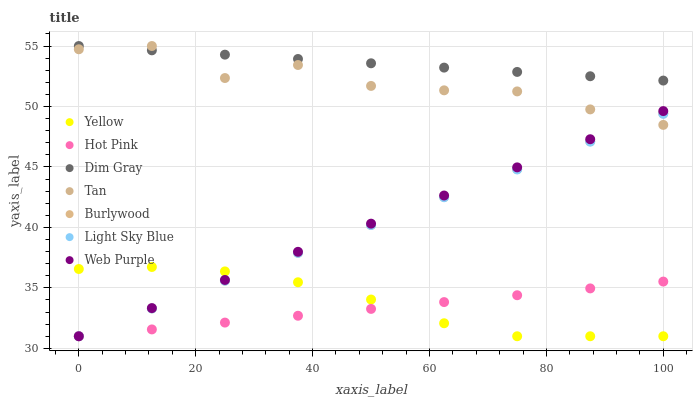
| xaxis_label | Yellow | Hot Pink | Dim Gray | Tan | Burlywood | Light Sky Blue | Web Purple |
 | --- | --- | --- | --- | --- | --- | --- | --- |
 | 0 | 36.6 | 31 | 55 | 54.7 | 31 | 31 | 31 |
 | 12.5 | 36.7 | 31.6 | 54.6 | 55 | 33.3 | 33.3 | 33.3 |
 | 25 | 36.4 | 32.1 | 54.3 | 52.4 | 35.6 | 35.6 | 35.7 |
 | 37.5 | 35.5 | 32.7 | 53.9 | 53.4 | 37.9 | 37.9 | 38 |
 | 50 | 34 | 33.3 | 53.6 | 51.7 | 40.2 | 40.2 | 40.3 |
 | 62.5 | 32.1 | 33.8 | 53.2 | 51.3 | 42.5 | 42.5 | 42.6 |
 | 75 | 31 | 34.4 | 52.9 | 51.2 | 44.8 | 44.8 | 45 |
 | 87.5 | 31 | 35 | 52.5 | 49.8 | 47.1 | 47.1 | 47.3 |
 | 100 | 31 | 35.5 | 52.1 | 48.5 | 49.4 | 49.4 | 49.6 |